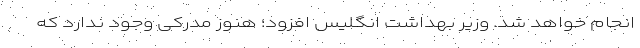
انجام خواهد شد. وزیر بهداشت انگلیس افزود؛ هنوز مدرکی وجود ندارد که